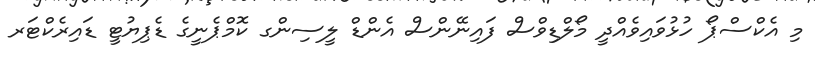
މި އެކްސްޕޯ ހުޅުވައިވެއްދީ މޯލްޑިވްސް ފައިނޭންސް އެންޑް ލީސިންގ ކޮމްޕެނީގެ ޑެޕިޔުޓީ ޑައިރެކްޓަރ